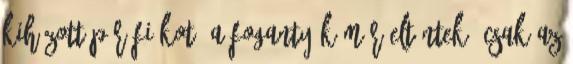
kihúzott pár fiókot. A fogantyúk már eltűntek, csak az